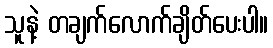
သူနဲ့ တချက်လောက်ချိတ်ပေးပါ။